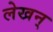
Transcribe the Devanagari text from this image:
लेखन्